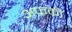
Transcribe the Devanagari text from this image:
अफ्रकी